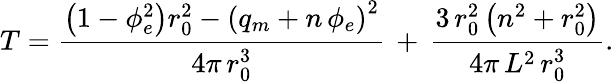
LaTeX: T=\frac{\left(1-\phi_{e}^{2}\right)r_{0}^{2}-\left(q_{m}+n\, \phi_{e}\right)^{2}}{4\pi\, r_{0}^{3}}\, +\, \frac{3\, r_{0}^{2}\left(n^{2}+r_{0}^{2}\right)}{4\pi\, L^{2}\, r_{0}^{3}}.